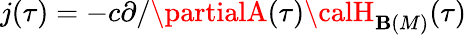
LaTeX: j(\tau)=-c\partial/\partialA(\tau){\calH}_{\mathbf{B}(M)}(\tau)